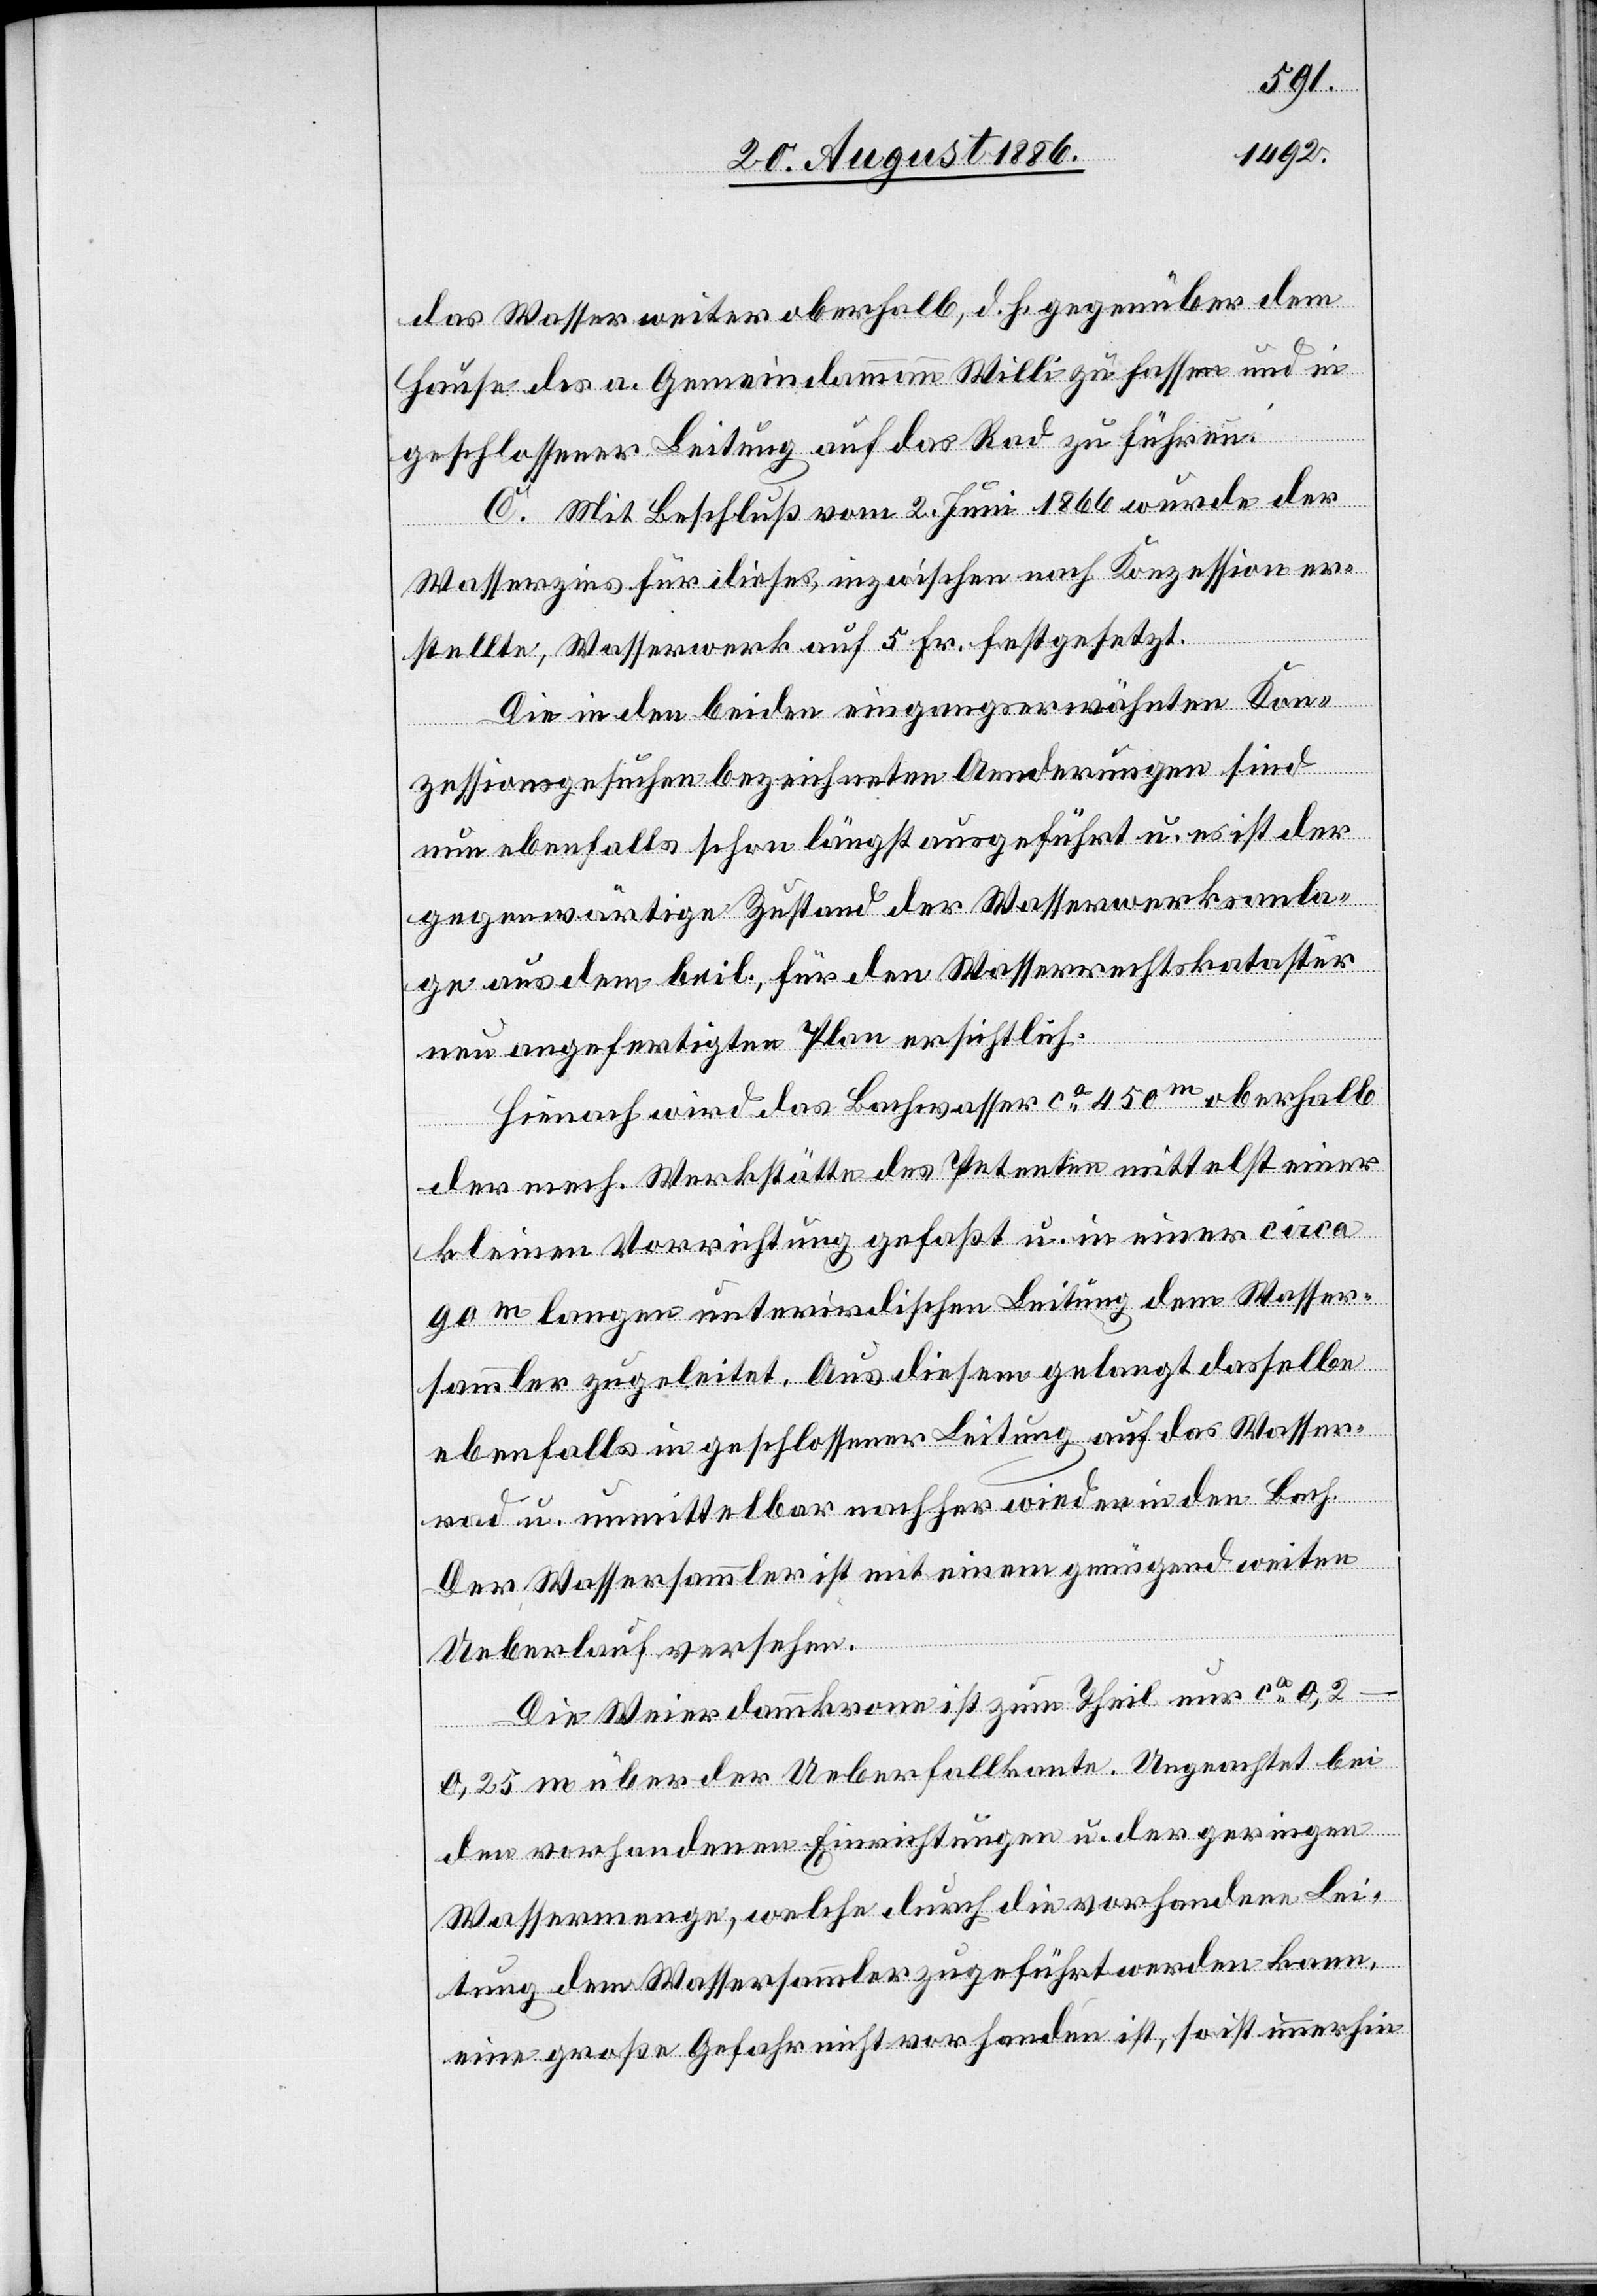
das Wasser weiter oberhalb, d. h. gegenüber dem
Hause des a. Gemeindammann Willi zu fassen und in
geschlossener Leitung auf das Rad zu führen.
C. Mit Beschluß vom 2. Juni 1866 wurde der
Wasserzins für dieses, inzwischen nach Konzession er¬
stellte, Wasserwerk auf 5 Fr. festgesetzt.
Die in den beiden eingangserwähnten Kon¬
zessionsgesuchen bezeichneten Aenderungen sind
nun ebenfalls schon längst ausgeführt u. es ist der
gegenwärtige Zustand der Wasserwerksanla¬
ge aus dem beil., für den Wasserrechtskataster
neu angefertigten Plan ersichtlich.
Hienach wird das Bachwasser ca 450m oberhalb
der mech. Werkstätte des Petenten mittelst einer
kleinen Vorrichtung gefaßt u. in einer ca
90m langen unterirdischen Leitung dem Wasser¬
sammler zugeleitet. Aus diesem gelangt dasselbe
ebenfalls in geschlossener Leitung auf das Wasser¬
rad u. unmittelbar nachher wieder in den Bach.
Der Wassersammler ist mit einem genügend weiten
Ueberlauf versehen.
Die Weierdammkrone ist zum Theil nur ca
0,2–0,25 m über der Ueberfallkante. Ungeachtet bei
den vorhandenen Einrichtungen u. der geringen
Wassermenge, welche durch die vorhandene Lei¬
tung dem Wassersammler zugeführt werden kann,
eine große Gefahr nicht vorhanden ist, so ist immerhin